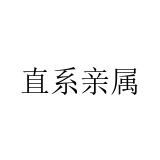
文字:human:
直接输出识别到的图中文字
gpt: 直系亲属